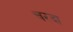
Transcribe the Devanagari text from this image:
चरदा